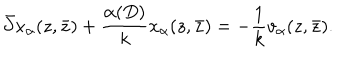
\bar { \partial } x _ { \alpha } ( z , \bar { z } ) + \frac { \alpha ( D ) } { k } x _ { \alpha } ( z , \bar { z } ) = - \frac { 1 } { k } v _ { \alpha } ( z , \bar { z } ) .